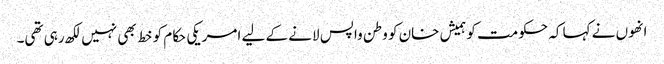
انھوں نے کہا کہ حکومت کو ہمیش خان کو وطن واپس لانے کے لیے امریکی حکام کو خط بھی نہیں لکھ رہی تھی۔